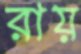
রায়